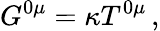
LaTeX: G^{0\mu}=\kappa T^{0\mu}\, ,